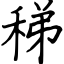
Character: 稊